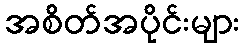
အစိတ်အပိုင်းများ